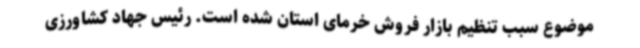
موضوع سبب تنظیم بازار فروش خرمای استان شده است. رئیس جهاد کشاورزی